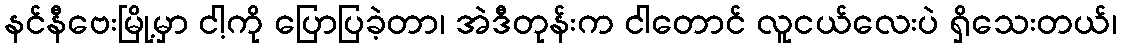
နင်နီဗေးမြို့မှာ ငါ့ကို ပြောပြခဲ့တာ၊ အဲဒီတုန်းက ငါတောင် လူငယ်လေးပဲ ရှိသေးတယ်၊